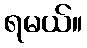
ရမယ်။